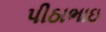
પીઠાભાઇ